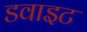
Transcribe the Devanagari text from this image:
डवाइट